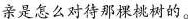
亲是怎么对待那棵桃树的。